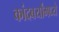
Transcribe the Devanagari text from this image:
कांदबर्यांमध्ये